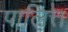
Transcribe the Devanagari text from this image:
पालित्त